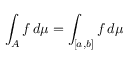
\int _ { A } f \, d \mu = \int _ { [ a , b ] } f \, d \mu